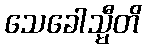
သေခေါသ္မီတိ